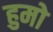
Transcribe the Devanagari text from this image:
हुमो